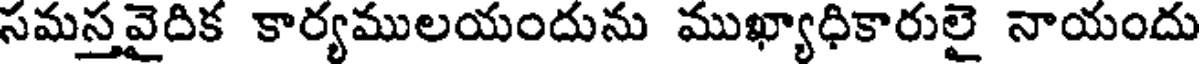
సమస్తవైదిక కార్యములయందును ముఖ్యాధికారులై నాయందు